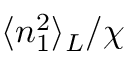
\langle n _ { 1 } ^ { 2 } \rangle _ { L } / \chi